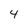
Character: 4